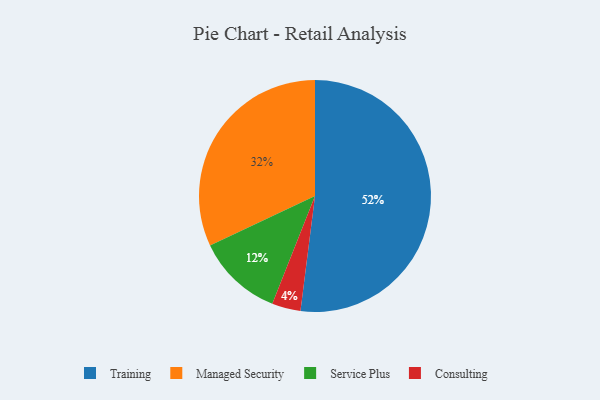
{"axis": {"x": "Category", "y": "Percentage"}, "legend": ["Consulting", "Managed Security", "Service Plus", "Training"], "data": [{"x": "Training", "y": 52, "type": "Training"}, {"x": "Managed Security", "y": 32, "type": "Managed Security"}, {"x": "Consulting", "y": 4, "type": "Consulting"}, {"x": "Service Plus", "y": 12, "type": "Service Plus"}]}